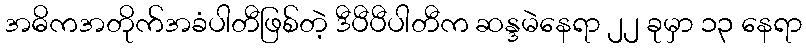
အဓိကအတိုက်အခံပါတီဖြစ်တဲ့ ဒီပီပီပါတီက ဆန္ဒမဲနေရာ ၂၂ ခုမှာ ၁၃ နေရာ